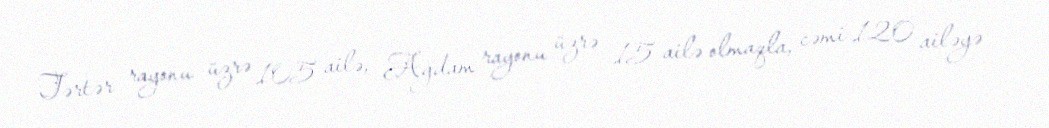
Tərtər rayonu üzrə 105 ailə, Ağdam rayonu üzrə 15 ailə olmaqla, cəmi 120 ailəyə